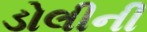
ડોલીની